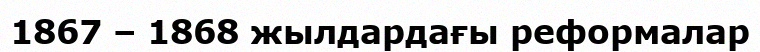
1867 – 1868 жылдардағы реформалар